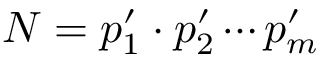
N = p _ { 1 } ^ { \prime } \cdot p _ { 2 } ^ { \prime } \cdots p _ { m } ^ { \prime }